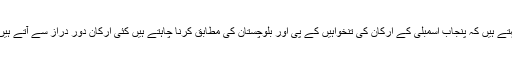
وزیر اطلاعات پنجاب صمصام بخاری کہتے ہیں کہ پنجاب اسمبلی کے ارکان کی تنخواہیں کے پی اور بلوچستان کی مطابق کرنا چاہتے ہیں کئی ارکان دور دراز سے آتے ہیں اس لیے تنخواہوں میں اضافہ ناگزیر تھا۔